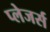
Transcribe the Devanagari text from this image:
प्लेजर्स